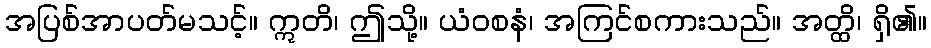
အပြစ်အာပတ်မသင့်။ ဣတိ၊ ဤသို့။ ယံဝစနံ၊ အကြင်စကားသည်။ အတ္ထိ၊ ရှိ၏။